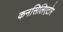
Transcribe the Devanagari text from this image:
कनसिलिएटोर